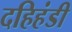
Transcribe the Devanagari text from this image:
दहिहंडी